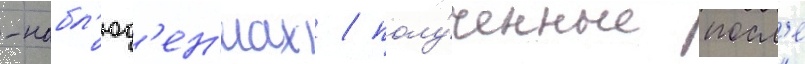
-набл'юд'ен'иах / полу́ченные посл'е